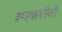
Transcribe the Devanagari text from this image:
ब्रम्हऋषींची